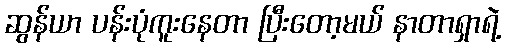
ဆွန်ယာ ပန်းပုံကူးနေတာ ပြီးတော့မယ် နာတာရှာရဲ့